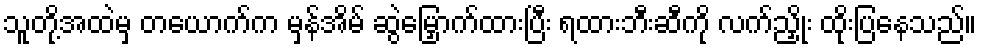
သူတို့အထဲမှ တယောက်က မှန်အိမ် ဆွဲမြှောက်ထားပြီး ရထားဘီးဆီကို လက်ညှိုး ထိုးပြနေသည်။